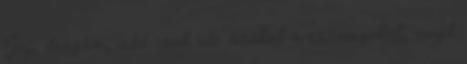
Jaj, drágám, add csak ide azokat a csomagokat, majd